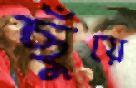
ছুঁয়ে